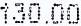
130.00